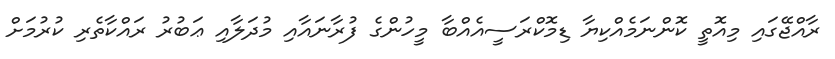
ރާއްޖޭގައި މިއޮތީ ކޮންނަމެއްކިޔާ ޑިމޮކްރަސީއެއްބާ މީހުންގެ ފުރާނައާއި މުދަލާއި ޢަބުރު ރައްކާތެރި ކުރުމަށް